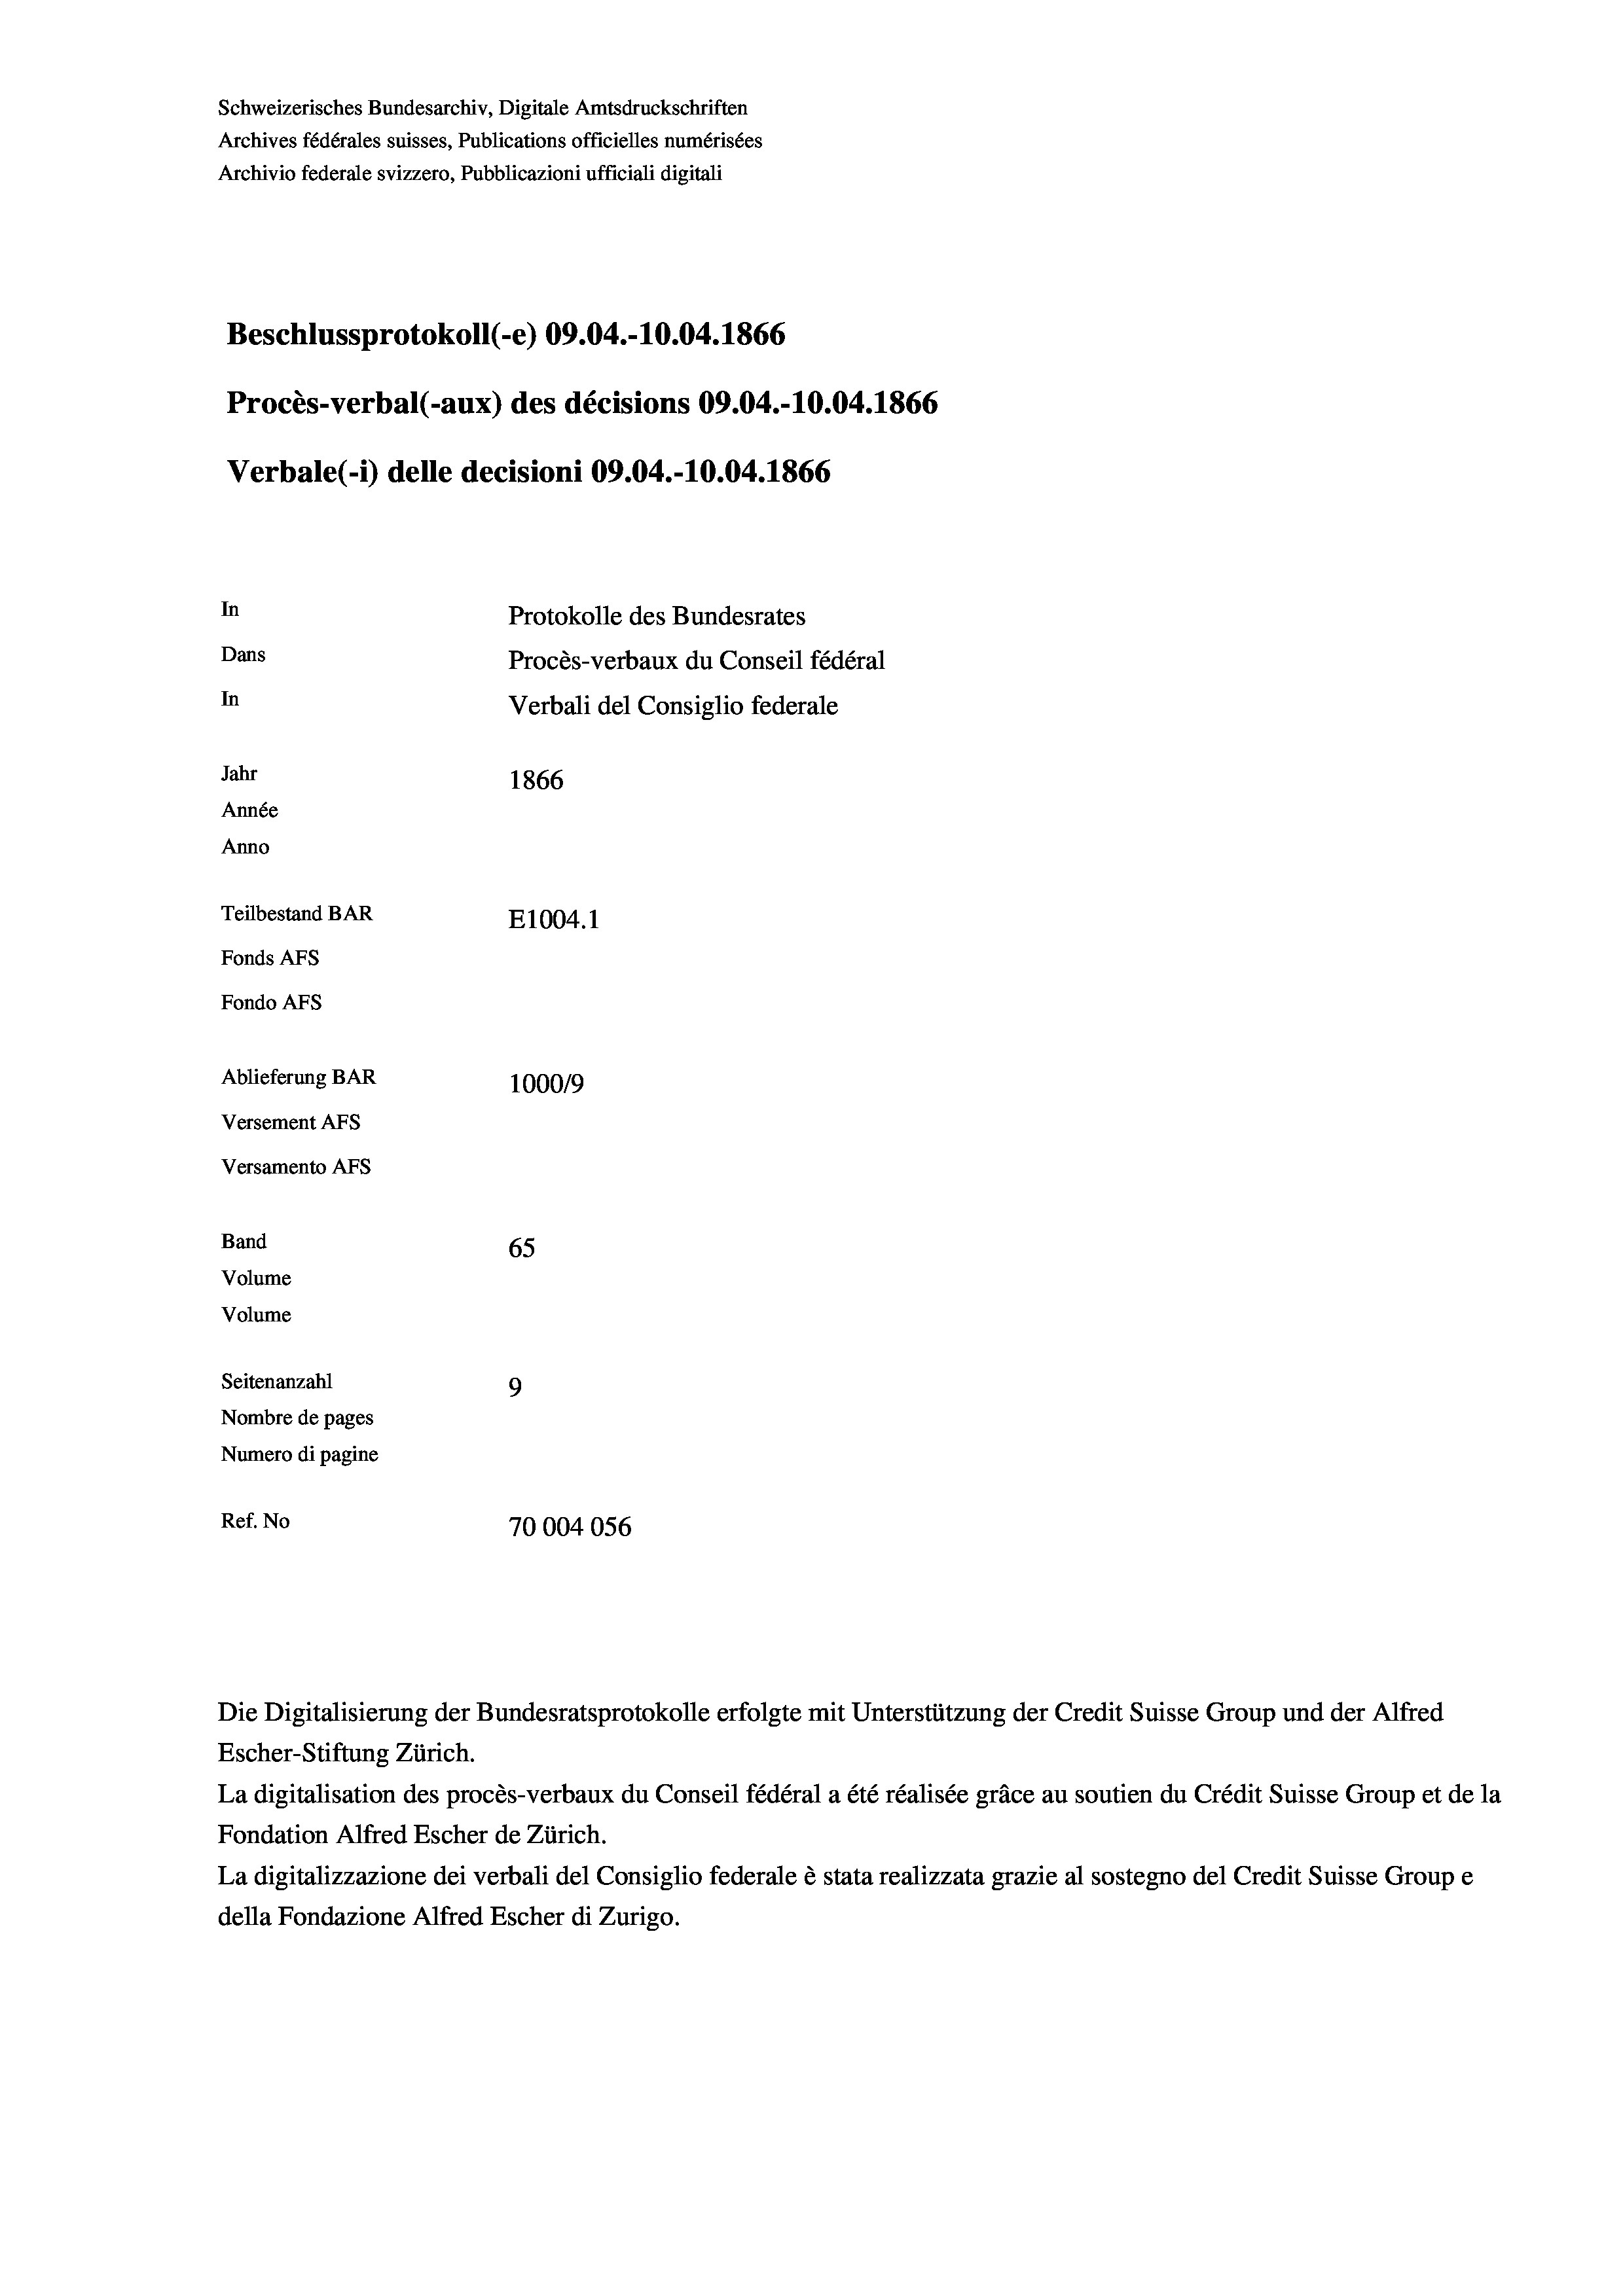
Schweizerisches Bundesarchiv, Digitale Amtsdruckschriften
Archives fédérales suisses, Publications officielles numérisées
Archivio federale svizzero, Pubblicazioni ufficiali digitali
Beschlussprotokoll (-e) 09.04.-10.04. 1866
Procès-verbal (-aux) des décisions 09.04.-10.04. 1866
Verbale (i) delle decisioni 09.04.-10.04. 1866
In
Protokolle des Bundesrates
Dans
Procès-verbaux du Conseil fédéral
In
Verbali del Consiglio federale
Jahr
1866
Année
Anno
Teilbestand BAR
E1004.1
Fonds AFs
Fondo Afs
Ablieferung BAR
100019
Versement AFs
Versamento AFs
Band
65
Volume
Volume
Seitenanzahl
9

La digitalisation des procès-verbaux du Conseil fédéral a été réalisée gräce au soutien du Crédit Suisse Group et de la
Fondation Alfred Escher de Zürich.
La digitalizzazione dei verbali del Consiglio federale è stata realizzata grazie al sostegno del Credit Suisse Groupe
della Fondazione Alfred Escher di Zurigo.

Nombre de pages
Numero di pagine
Ref. No
70004056

Die Digitalisierung der Bundesratsprotokolle erfolgte mit Unterstützung der Credit Suisse Group und der Alfred
Escher-Stiftung Zürich.